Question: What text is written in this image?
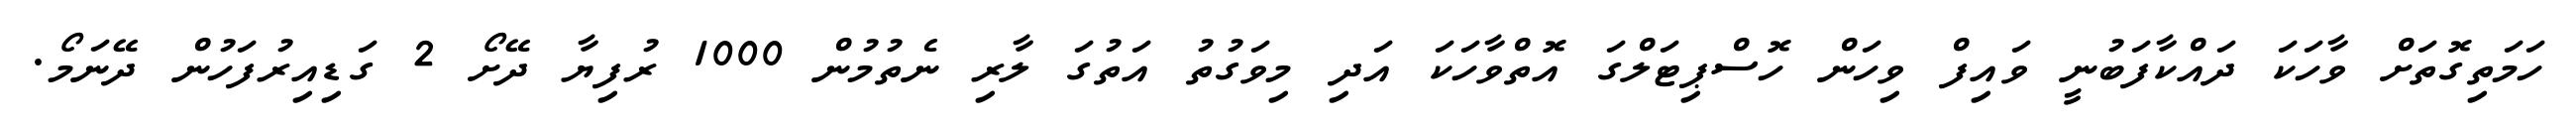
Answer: ހަމަތިގޮތަށް ވާހަކަ ދައްކާފަބުނީ ވައިފް ވިހަން ހޮސްޕިޓަލްގަ އޮތްވާހަކަ އަދި މިވަގުތު އަތުގަ ލާރި ނެތުމުން 1000 ރުފިޔާ ދޭށޯ 2 ގަޑިއިރުފަހުން ދޭނަމޯ.